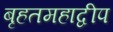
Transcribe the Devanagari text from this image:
बृहतमहाद्वीप